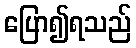
ပြော၍ရသည်